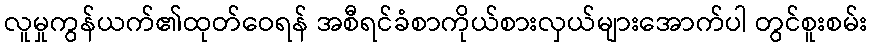
လူမှုကွန်ယက်၏ထုတ်ဝေရန် အစီရင်ခံစာကိုယ်စားလှယ်များအောက်ပါ တွင်စူးစမ်း